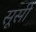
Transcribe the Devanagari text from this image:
सूसी